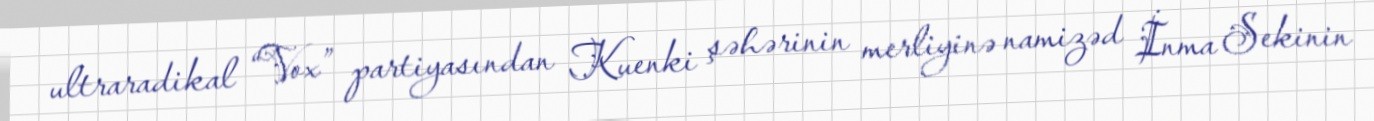
ultraradikal “Vox” partiyasından Kuenki şəhərinin merliyinə namizəd İnma Sekinin